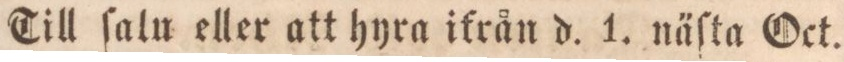
Till ſalu eller att hyra ikrån d. 1. näſta Oct.